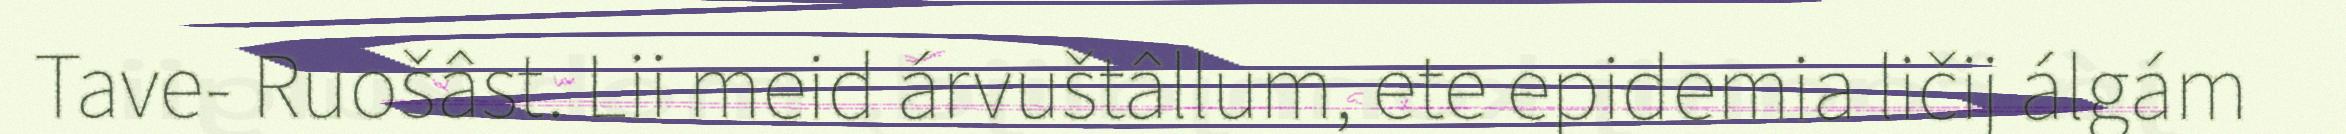
Tave- Ruošâst. Lii meid árvuštâllum, ete epidemia ličij álgám